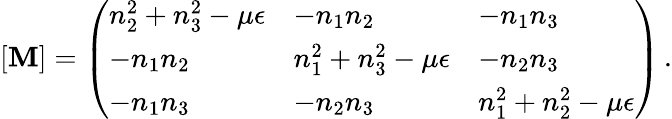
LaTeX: [\mathbf{M}]=\left(\begin{array}{lll}{n_{2}^{2}+n_{3}^{2}-\mu\epsilon}&{-n_{1}n_{2}}&{-n_{1}n_{3}}\\ {-n_{1}n_{2}}&{n_{1}^{2}+n_{3}^{2}-\mu\epsilon}&{-n_{2}n_{3}}\\ {-n_{1}n_{3}}&{-n_{2}n_{3}}&{n_{1}^{2}+n_{2}^{2}-\mu\epsilon}\end{array}\right)\, .